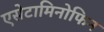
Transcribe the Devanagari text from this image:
एसेटामिनोफिन